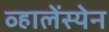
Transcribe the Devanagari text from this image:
व्हालेंस्येन